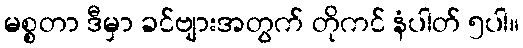
မစ္စတာ ဒီမှာ ခင်ဗျားအတွက် တိုကင် နံပါတ် ၅ပါ။